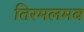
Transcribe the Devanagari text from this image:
तिरमलमब